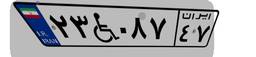
۳۷W۸۳۶۱۷